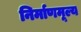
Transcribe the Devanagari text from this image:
निर्माणमूल्य